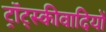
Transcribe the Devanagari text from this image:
ट्रॉट्स्कीवादियों